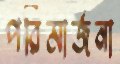
পরিমার্জনা